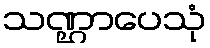
သဏ္ဌာပေသုံ